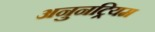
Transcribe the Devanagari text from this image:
अनुनट्रियम